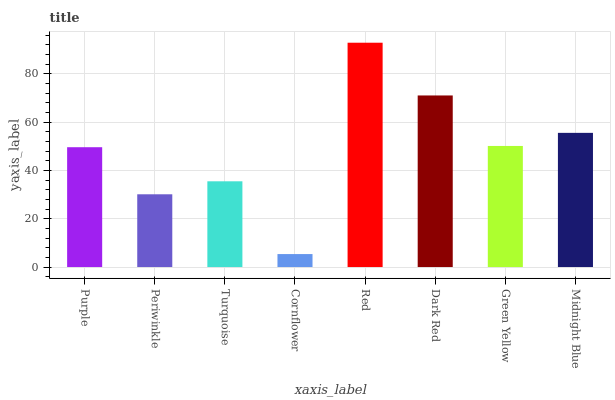
| xaxis_label | bars |
 | --- | --- |
 | Purple | 49.6 |
 | Periwinkle | 30.1 |
 | Turquoise | 35.5 |
 | Cornflower | 5.37 |
 | Red | 92.9 |
 | Dark Red | 71.1 |
 | Green Yellow | 50.1 |
 | Midnight Blue | 55.6 |